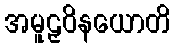
အမူဠှဝိနယောတိ